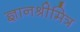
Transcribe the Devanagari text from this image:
ज्ञानश्रीमित्र